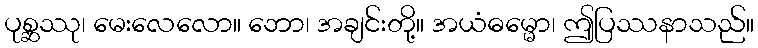
ပုစ္ဆဿု၊ မေးလေလော။ ဘော၊ အချင်းတို့။ အယံဓမ္မော၊ ဤပြဿနာသည်။